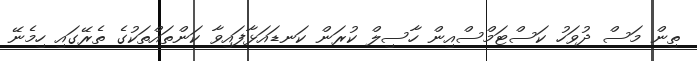
ތިން މަސް ދުވަހު ކަސްޓަމްސްއިން ހާސިލް ކުރަން ކަނޑައަޅާފައިވާ ކަންތައްތަކުގެ ތެރޭގައި ހިމެނޭ